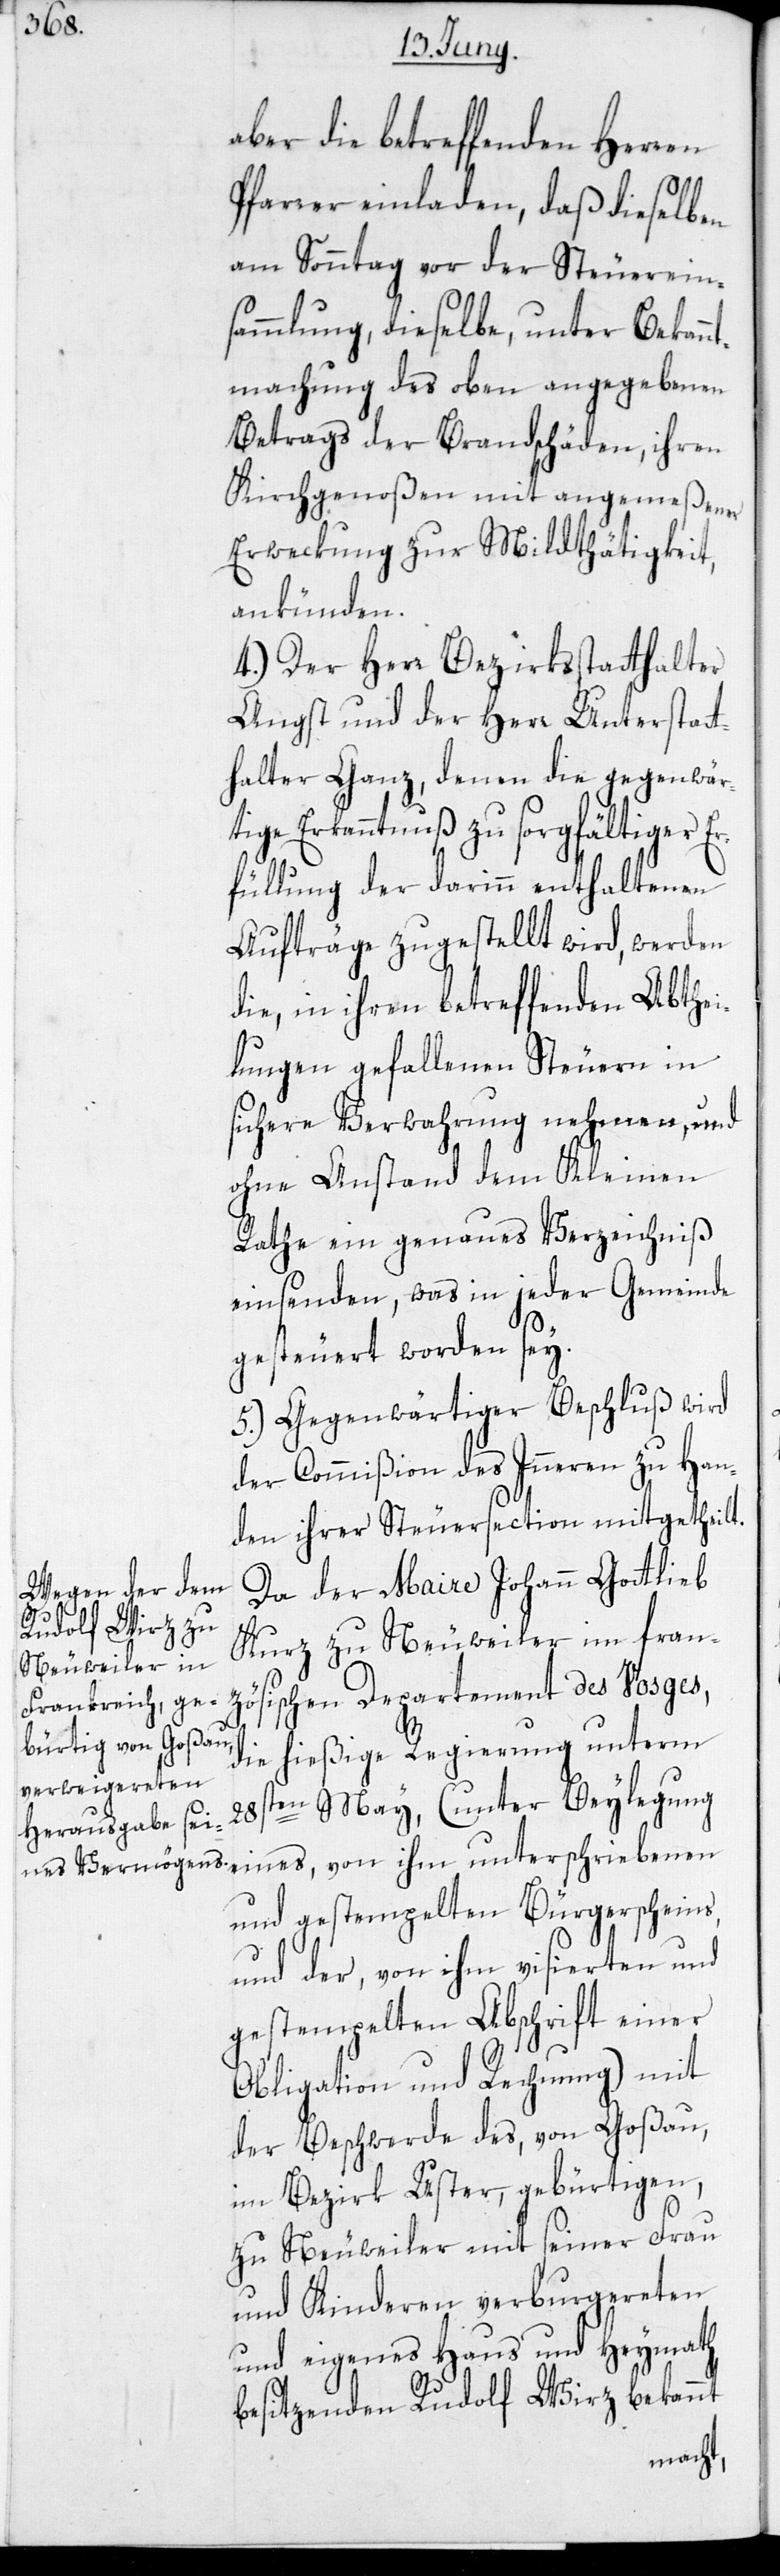
aber die betreffenden Herren
Pfarrer einladen, daß dieselben
am Sonntag vor der Steuerein¬
sammlung, dieselbe, unter Bekan¬
ntmachung des oben angegebenen
Betrags der Brandschäden, ihren
Kirchgenoßen mit angemeßener
Erweckung zur Mildthätigkeit,
ankünden.
4.) Der Herr Bezirksstatthalter
Angst und der Herr Unterstatt¬
halter Ganz, denen die gegenwärt¬
ige Erkanntnuß zu sorgfältiger E¬
rfüllung der darinn enthaltenen
Aufträge zugestellt wird, werden
die, in ihren betreffenden Abthei¬
lungen gefallenen Steuern in
sichere Verwahrung nehmen, und
ohne Anstand dem Kleinen
Rathe ein genaues Verzeichniß
einsenden, was in jeder Gemeinde
gesteuert worden sey.
5.) Gegenwärtiger Beschluß wird
der Commißion des Inneren zu Han¬
den ihrer Steuersection mitgetheilt.
Da der Maire Johann Gottlieb
Kurz zu Neuweiler im fran¬
zösischen Departement des Vosges,
die hießige Regierung unterm
28sten May, (unter Beylegung
eines, von ihm unterschriebenen
und gestempelten Bürgerscheins,
und der von ihm visierten und
gestempelten Abschrift einer
Obligation und Rechnung) mit
der Beschwerde des, von Goßau
im Bezirk Uster, gebürtigen,
zu Neuweiler mit seiner Frau
und Kinderen verburgereten
und eigenes Haus und Heymath
besitzenden Rudolf Wirz bekannt